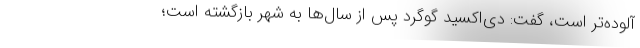
آلوده‌تر است، گفت: دی‌اکسید گوگرد پس از سال‌ها به شهر بازگشته است؛